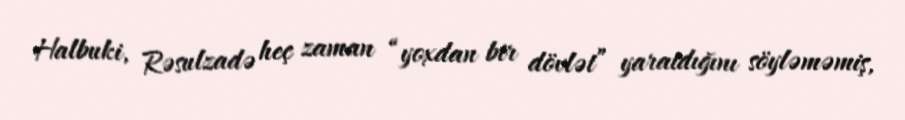
Halbuki, Rəsulzadə heç zaman “yoxdan bir dövlət” yaratdığını söyləməmiş,